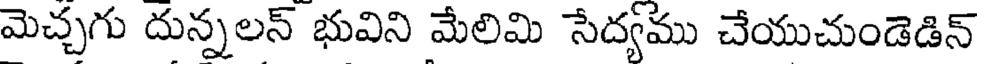
మెచ్చగు దున్నలన్ భువిని మేలిమి సేద్యము చేయుచుండెడిన్